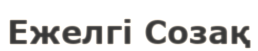
Ежелгі Созақ